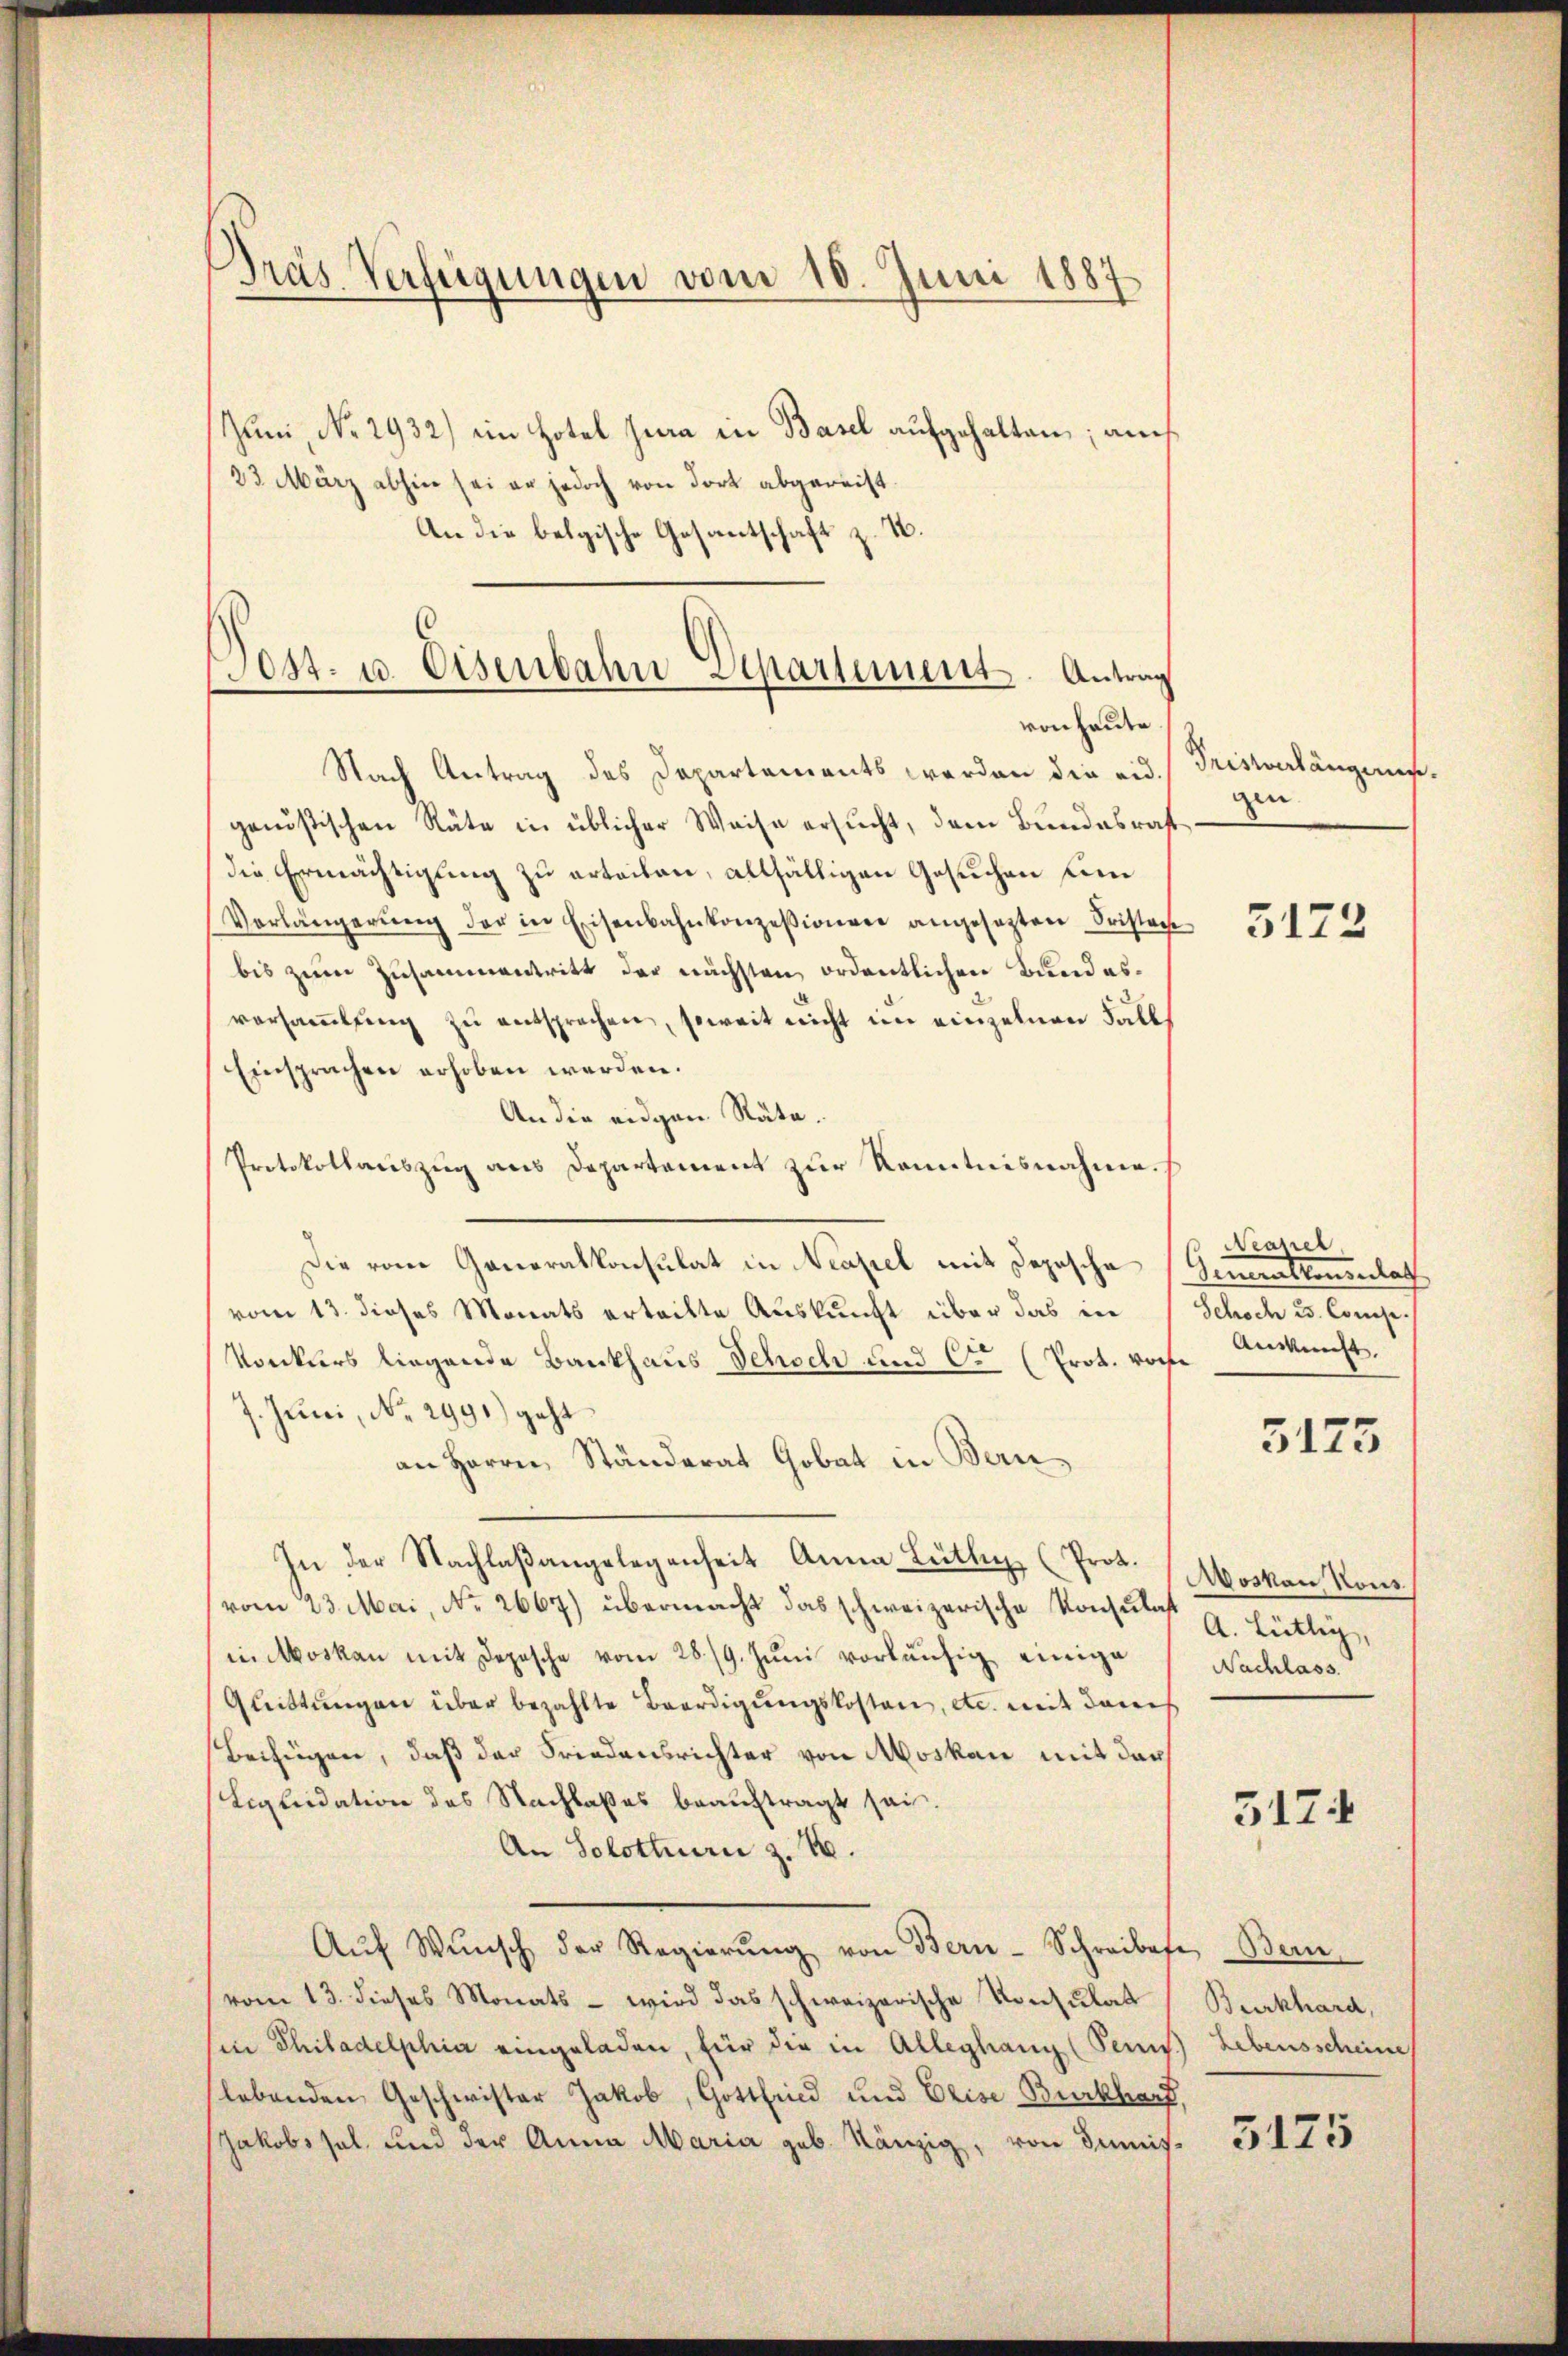
Präs. Verfügungen vom 10. Juni 1887

Juni, No. 2932) ein Hotel sera in Basel aufgehalten; auc
23 März abhin sei er jedoch von dort abgereist.
An die belgische Gesantschaft z. B.

Tett. u. Eisenbahn Departement. Antrag
von heute

Nach Antrag des Departements werden die eid.
genößischen Räte in üblicher Weise ersucht, dem Bundesrat
die Ermächtigung zu erteilen, allfälligen Gesuchen ein
Vorlängerŭng der in Eisenbahnkonzessionen angesezten Fristoche
bis zum Zusammentritt der nächsten ordentlichen Bundesversaṁlŭng zu entsprochen, soweit nicht im einzelnen Fall
Einsprachen erhoben werden.
An die eidgen Räte.
Protokollauszug aus Departement zur Kenntnisnahme.
Die vom Generalkonsulat in Neapel mit Depesche
vom 13. dieses Monats erteilte Auskunft über das in
Konkurs liegende Bankhaus Schoch und Cr (Prot. von Anknecht.
7. Juni, No. 2991) geht
an Herrn Ständerat Gobat in Bern
In der Nachlaßangelegenheit Anna Lüthig, (Prot.
vom 23. Mai, No. 2667) übermacht das schweizerische Konsulat a. Hüttig,
in Moskau mit Depesche vom 28./9. Juni vorläufig einige
Quittungen über bezahlte Beerdigungskosten, etc. mit dem
Beifügen, daß der Friedensrichter von Moskau mit dar
Liquidation des Nachlaßes beauftragt sei.
An Solottern z. B.
Aŭf Wŭnsch der Regierŭng von Bern-Schreibese Bern
vom 13. dieses Monats - wird das schweizerische Konsulat
in Philadelphia eingeladen, für die in Alleghang (Penns Lebensscheine
lebenden Geschwister Jakob, Gottfried und Elise Burkhart,
Jakobssal und der Anna Maria geb. Känzig, von Dimis-

Tristverlängerun
gen.

5172

Nrapier
Gemahlenenlach
Schoch 25. Conse.

3175

Woskau Nous.
Nachlass

517

Burkhard,

5175